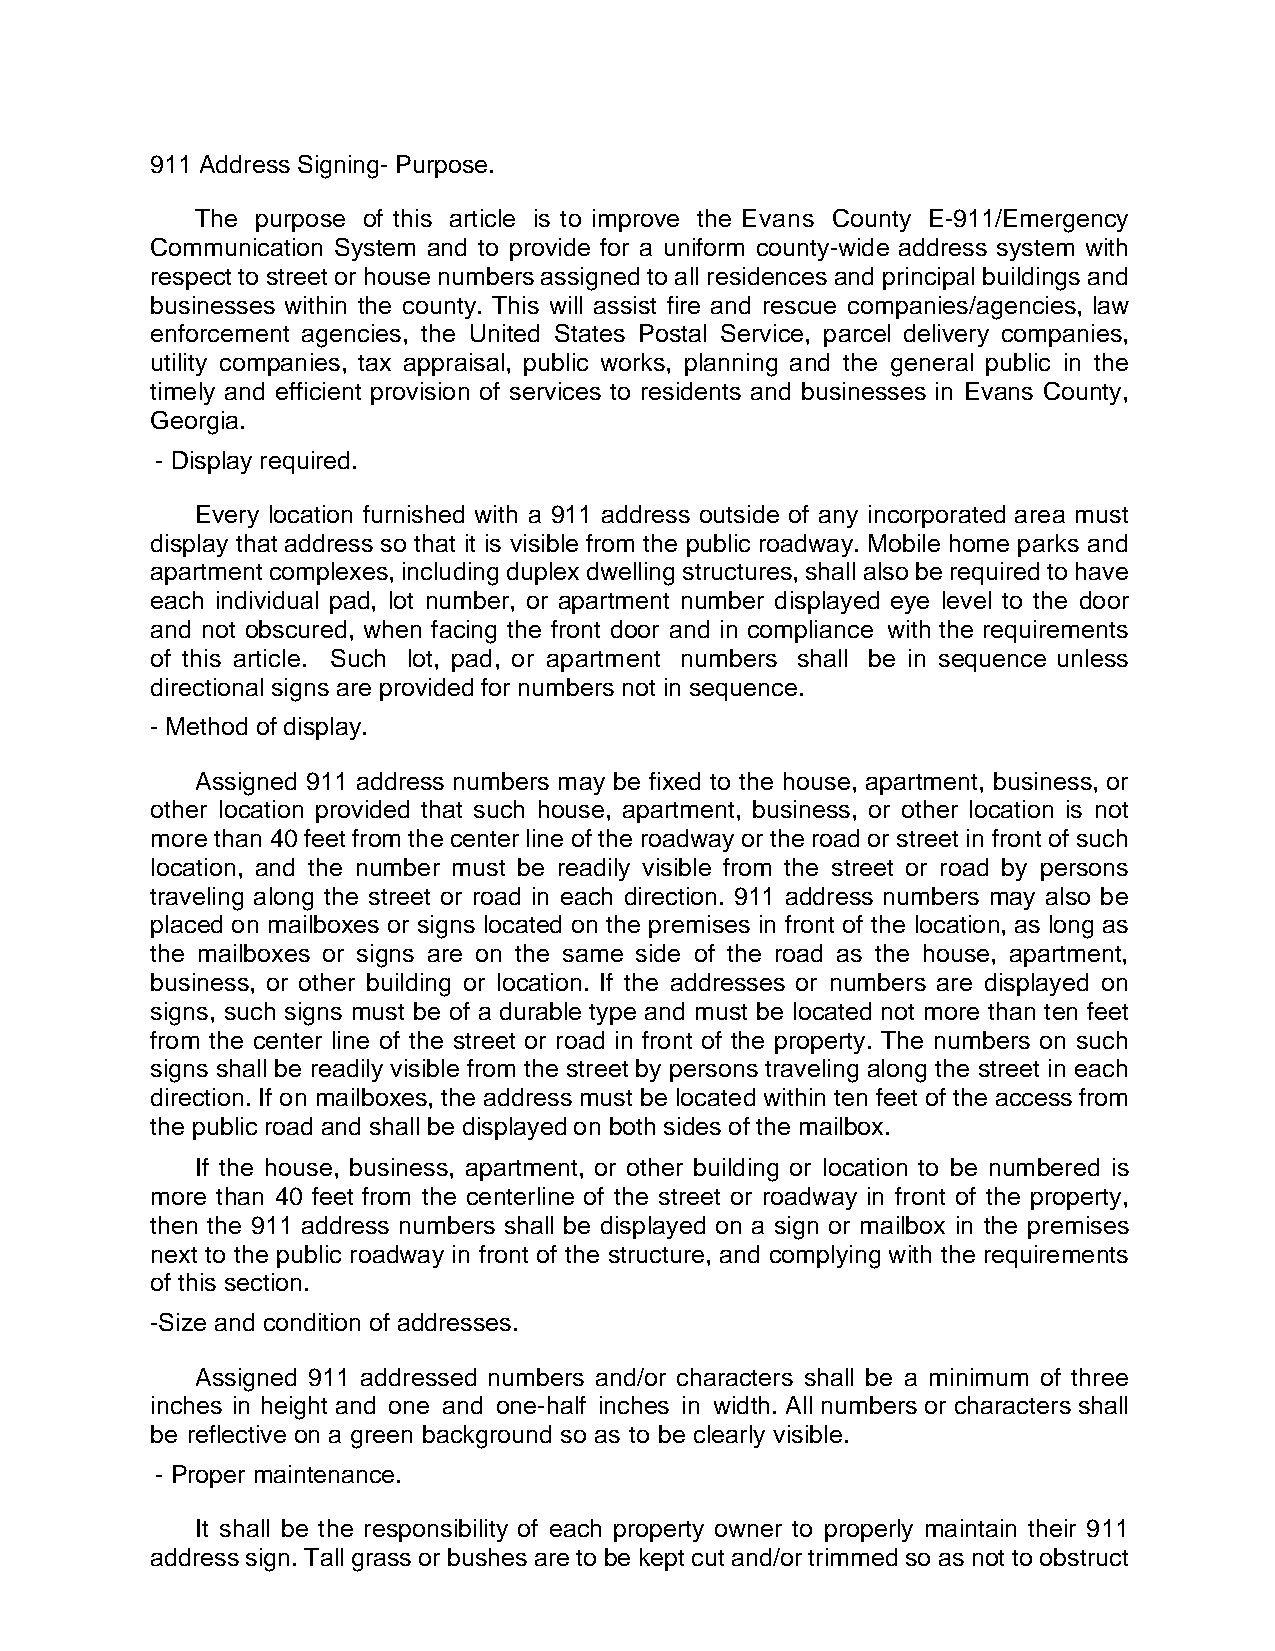
911 Address Signing- Purpose.
 The purpose of this article is to improve the Evans County E-911/Emergency
 Communication System and to provide for a uniform county-wide address system with
 respect to street or house numbers assigned to all residences and principal buildings and
 businesses within the county. This will assist fire and rescue companies/agencies, law
 enforcement agencies, the United States Postal Service, parcel delivery companies,
 utility companies, tax appraisal, public works, planning and the general public in the
 timely and efficient provision of services to residents and businesses in Evans County,
 Georgia.
 - Display required.
 Every location furnished with a 911 address outside of any incorporated area must
 display that address so that it is visible from the public roadway. Mobile home parks and
 apartment complexes, including duplex dwelling structures, shall also be required to have
 each individual pad, lot number, or apartment number displayed eye level to the door
 and not obscured, when facing the front door and in compliance with the requirements
 of this article. Such lot, pad, or apartment numbers shall be in sequence unless
 directional signs are provided for numbers not in sequence.
 - Method of display.
 Assigned 911 address numbers may be fixed to the house, apartment, business, or
 other location provided that such house, apartment, business, or other location is not
 more than 40 feet from the center line of the roadway or the road or street in front of such
 location, and the number must be readily visible from the street or road by persons
 traveling along the street or road in each direction. 911 address numbers may also be
 placed on mailboxes or signs located on the premises in front of the location, as long as
 the mailboxes or signs are on the same side of the road as the house, apartment,
 business, or other building or location. If the addresses or numbers are displayed on
 signs, such signs must be of a durable type and must be located not more than ten feet
 from the center line of the street or road in front of the property. The numbers on such
 signs shall be readily visible from the street by persons traveling along the street in each
 direction. If on mailboxes, the address must be located within ten feet of the access from
 the public road and shall be displayed on both sides of the mailbox.
 If the house, business, apartment, or other building or location to be numbered is
 more than 40 feet from the centerline of the street or roadway in front of the property,
 then the 911 address numbers shall be displayed on a sign or mailbox in the premises
 next to the public roadway in front of the structure, and complying with the requirements
 of this section.
 -Size and condition of addresses.
 Assigned 911 addressed numbers and/or characters shall be a minimum of three
 inches in height and one and one-half inches in width. All numbers or characters shall
 be reflective on a green background so as to be clearly visible.
 - Proper maintenance.
 It shall be the responsibility of each property owner to properly maintain their 911
 address sign. Tall grass or bushes are to be kept cut and/or trimmed so as not to obstruct